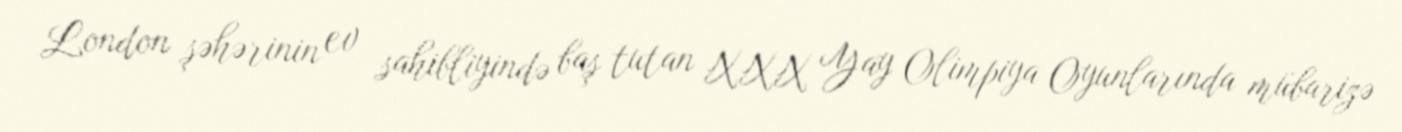
London şəhərinin ev sahibliyində baş tutan XXX Yay Olimpiya Oyunlarında mübarizə